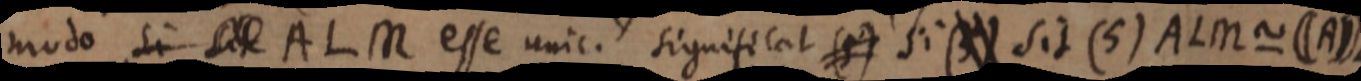
modo si sit ALM esse unic. significat (5) si (5) sit (5) ALM ~ ((A))